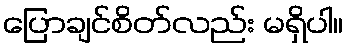
ပြောချင်စိတ်လည်း မရှိပါ။